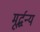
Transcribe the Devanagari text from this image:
मूर्द्धन्य